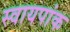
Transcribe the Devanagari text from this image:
स्वायपांक